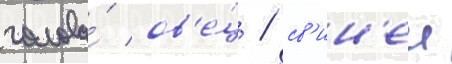
голова́ ов'е́ц / св'ин'еи